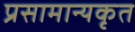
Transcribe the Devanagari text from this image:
प्रसामान्यकृत